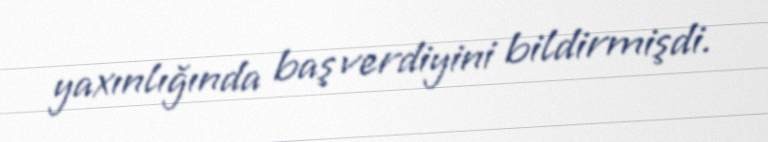
yaxınlığında baş verdiyini bildirmişdi.